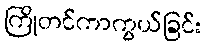
ကြိုတင်ကာကွယ်ခြင်း